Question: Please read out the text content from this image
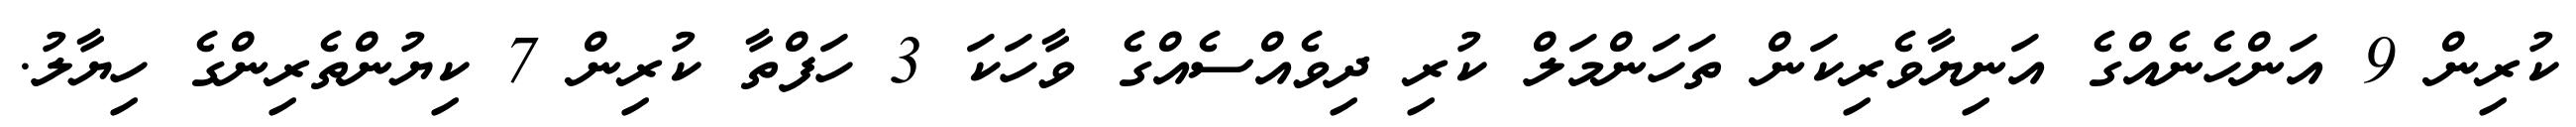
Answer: ކުރިން 9 އަންހެނެއްގެ އަނިޔާވެރިކަން ތަހަންމަލް ކުރި ދިވެއްސެއްގެ ވާހަކަ 3 ހަފްތާ ކުރިން 7 ކިޔުންތެރިންގެ ހިޔާލު.